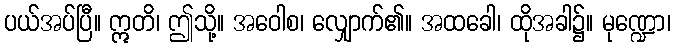
ပယ်အပ်ပြီ။ ဣတိ၊ ဤသို့။ အဝေါစ၊ လျှောက်၏။ အထခေါ၊ ထိုအခါ၌။ မုဏ္ဍော၊